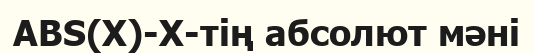
ABS(X)-Х-тің абсолют мәні